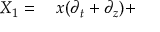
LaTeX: \begin{array} { r l } { X _ { 1 } = { } } & { { } x ( \partial _ { t } + \partial _ { z } ) + } \end{array}